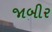
જાબીર